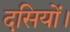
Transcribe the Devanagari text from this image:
दसियों।